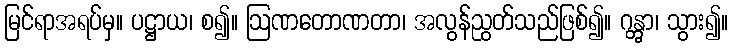
မြင်ရာအရပ်မှ။ ပဋ္ဌာယ၊ စ၍။ ဩဏတောဏတာ၊ အလွန်ညွတ်သည်ဖြစ်၍။ ဂန္တွာ၊ သွား၍။